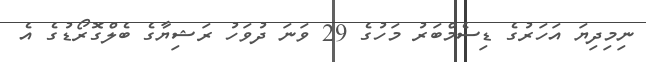
ނިމިދިޔަ އަހަރުގެ ޑިސެމްބަރު މަހުގެ 29 ވަނަ ދުވަހު ރަޝިޔާގެ ބެލްގޮރޯޑުގެ އެ